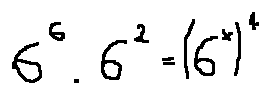
6 ^ { 6 } \cdot 6 ^ { 2 } = ( 6 ^ { x } ) ^ { 4 }